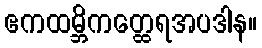
ဧကထမ္ဘိကတ္ထေရအပဒါန။